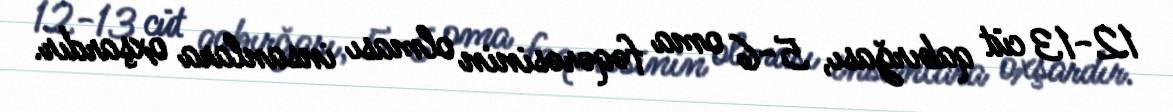
12-13 cüt qabırğası, 5-6 oma fəqərəsinin olması insanlara oxşardır.